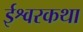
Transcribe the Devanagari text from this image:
ईश्वरकथा